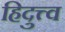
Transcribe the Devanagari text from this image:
हिदुत्त्व